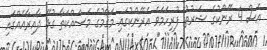
އެސް 4 ރޭންކުގެ ޝަރުޠު ފުރިހަމަވެ އެރޭންކުގައި މަޤާމުގެ މަސައްކަތާ ގުޅޭ ދާއިރާއެއްގައި